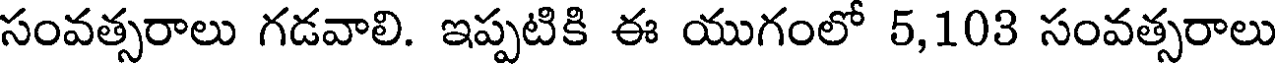
సంవత్సరాలు గడవాలి. ఇప్పటికి ఈ యుగంలో 5,103 సంవత్సరాలు